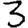
Digit: 3